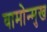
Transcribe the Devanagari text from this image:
वामोन्मुख